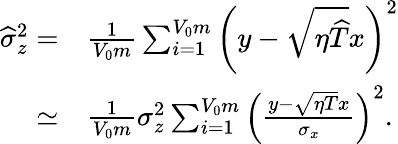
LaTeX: \begin{array}{rl}{\widehat{\sigma}_{z}^{2}=}&{\frac{1}{V_{0}m}\sum_{i=1}^{V_{0}m}\left(y-\sqrt{\eta\widehat{T}}x\right)^{2}}\\ {\simeq}&{\frac{1}{V_{0}m}\sigma_{z}^{2}\sum_{i=1}^{V_{0}m}\left(\frac{y-\sqrt{\eta T}x}{\sigma_{x}}\right)^{2}.}\end{array}